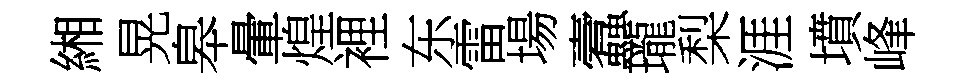
緗晃皋暈煌裡东雷場蠧瓏梨涯墳峰